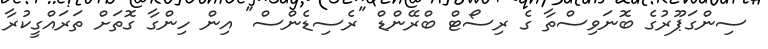
ސިންގަޕޫރުގެ ބޮނަވިސްތާ ގެ ރިސޯޓް ބްރޭންޑް "ރެސިޑެންސް" އިން ހިންގާ ގޮތަށް ތަރައްގީކުރާ